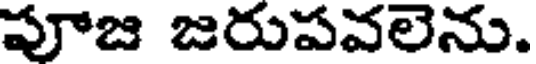
పూజ జరుపవలెను.